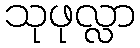
သုဖုလ္လာ